Lunatic asylums United Provinces 1909-1921 - 1909-1921
Year: 1909
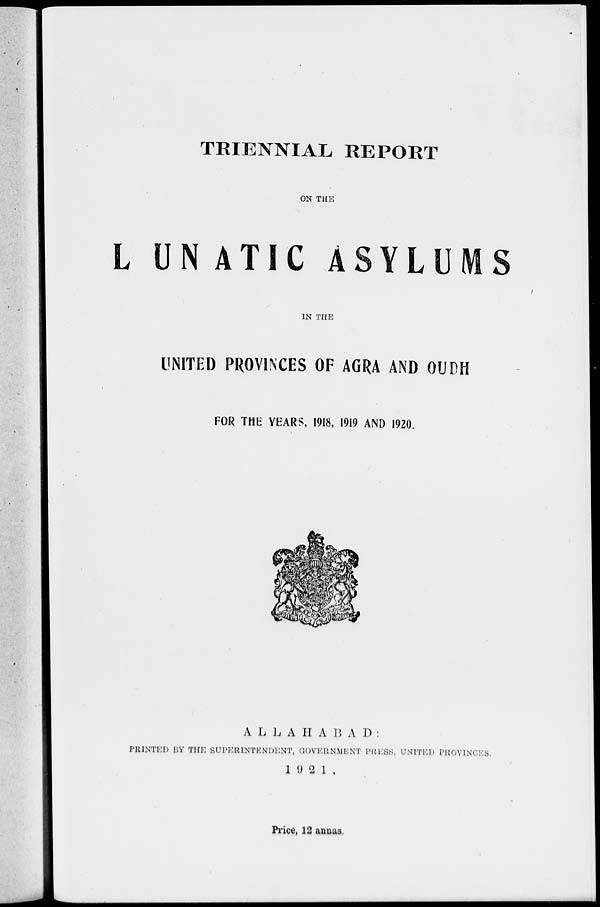
TRIENNIAL REPORT
ON THE
LUNATIC ASYLUMS
IN THE
UNITED PROVINCES OF AGRA AND OUDH
FOR THE YEARS, 1918, 1919 AND 1920.
ALLAHABAD:
PRINTED BY THE SUPERINTENDENT, GOVERNMENT PRESS, UNITED PROVINCES.
1921.
Price, 12 annas.